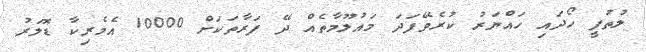
ލުތުފީ ހޯދައި ހައްޔަރު ކުރެވޭފަދަ މައުލޫމާތެއް ދޭ ފަރާތަކަށް 10000 އެމެރިކާ ޑޮލަރު